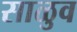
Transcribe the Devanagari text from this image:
साळुव